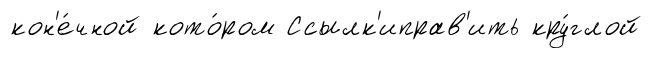
кон'е́чной кото́ром Ссылк'иправ'ить кру́глой